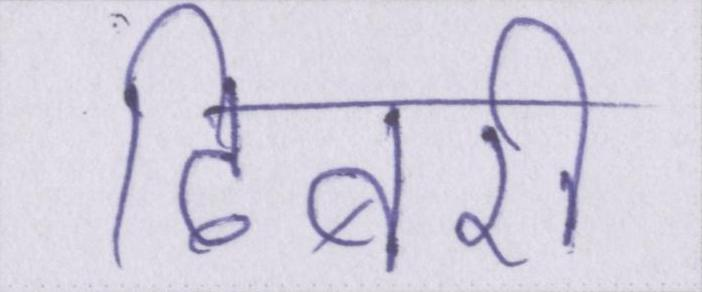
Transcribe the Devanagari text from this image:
ढिबरी